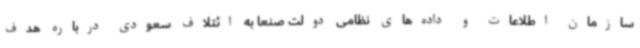
سازمان اطلاعات و داده‌های نظامی دولت صنعا به ائتلاف سعودی درباره هدف